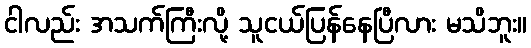
ငါလည်း အသက်ကြီးလို့ သူငယ်ပြန်နေပြီလား မသိဘူး။